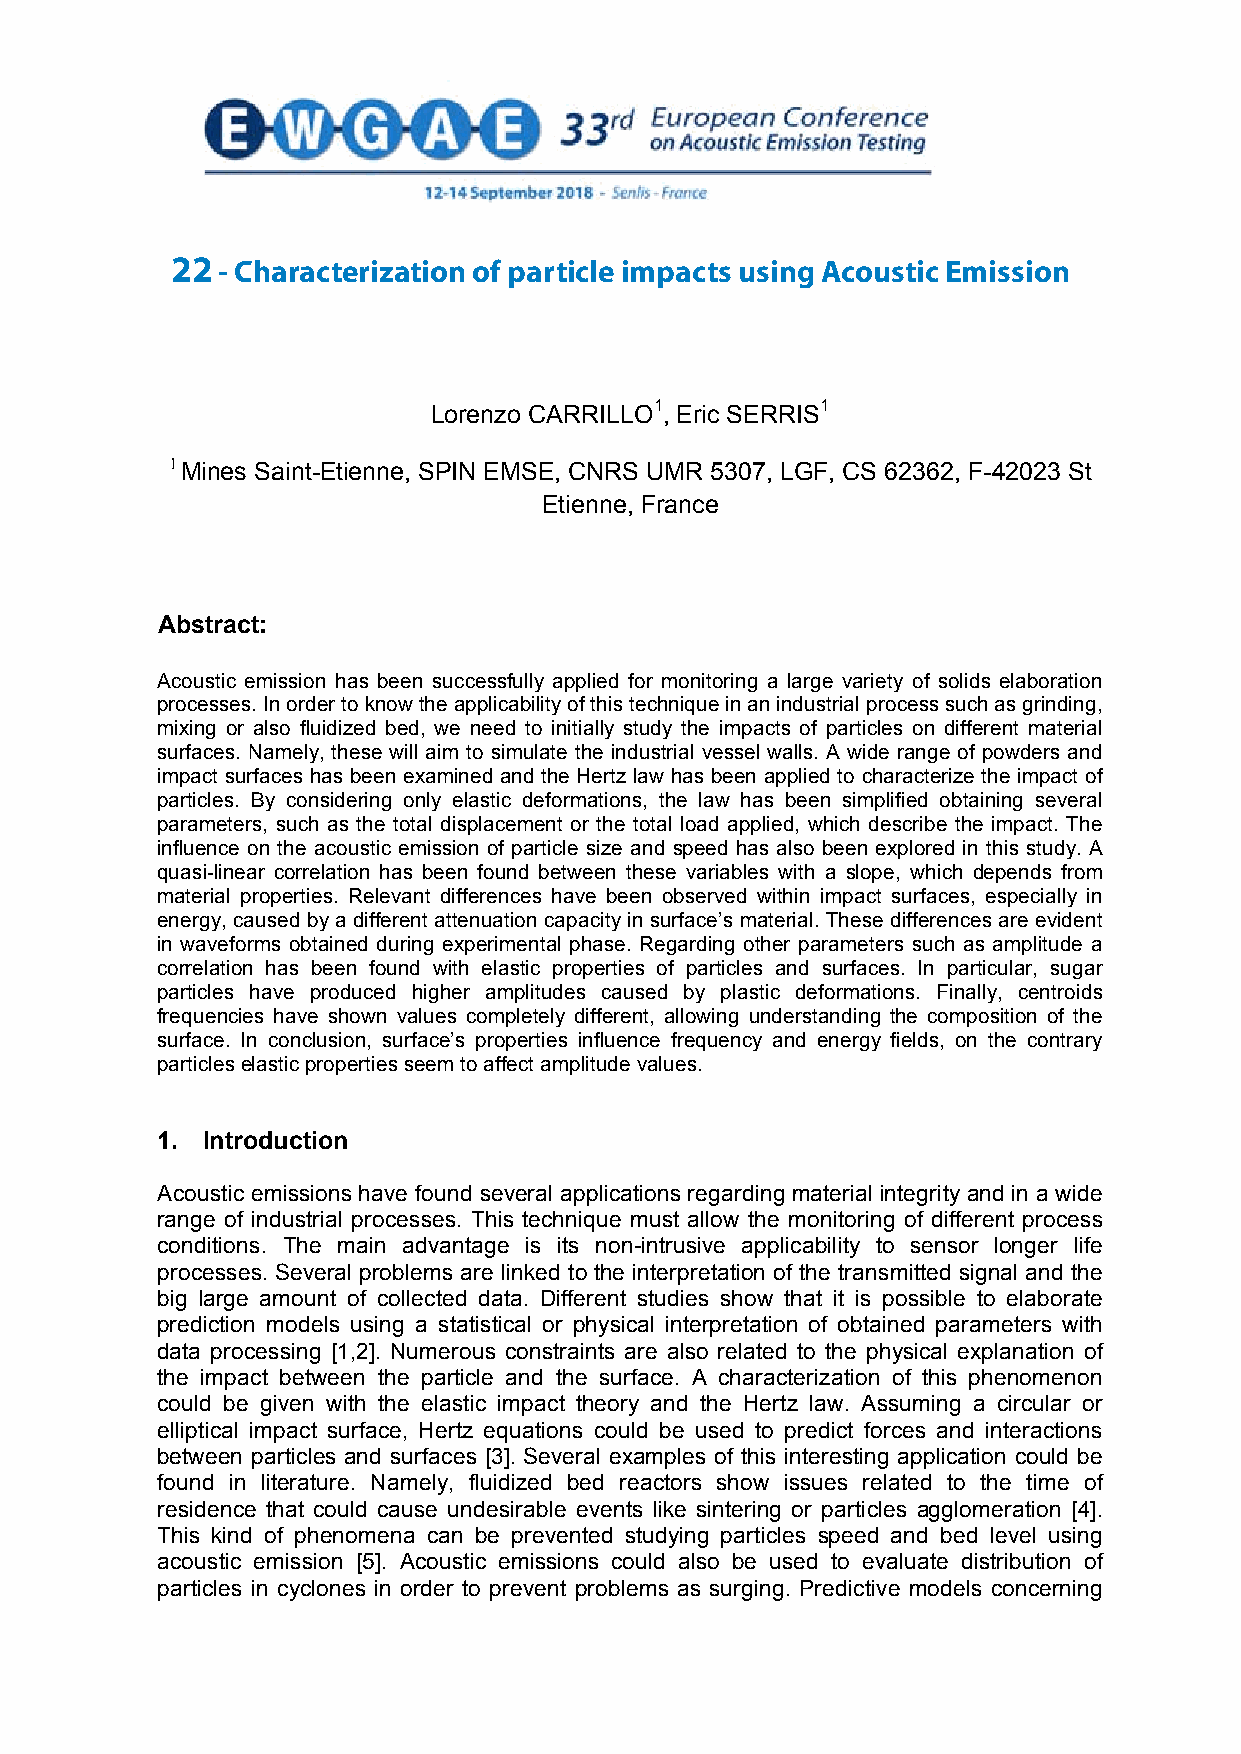
22 - Characterization of particle impacts using Acoustic Emission
 Characterization of particle impacts using acoustic emission
 Lorenzo CARRILLO1, Eric SERRIS1
 1 Mines Saint-Etienne, SPIN EMSE, CNRS UMR 5307, LGF, CS 62362, F-42023 St
 Etienne, France
 Abstract:
 Acoustic emission has been successfully applied for monitoring a large variety of solids elaboration
 processes. In order to know the applicability of this technique in an industrial process such as grinding,
 mixing or also fluidized bed, we need to initially study the impacts of particles on different material
 surfaces. Namely, these will aim to simulate the industrial vessel walls. A wide range of powders and
 impact surfaces has been examined and the Hertz law has been applied to characterize the impact of
 particles. By considering only elastic deformations, the law has been simplified obtaining several
 parameters, such as the total displacement or the total load applied, which describe the impact. The
 influence on the acoustic emission of particle size and speed has also been explored in this study. A
 quasi-linear correlation has been found between these variables with a slope, which depends from
 material properties. Relevant differences have been observed within impact surfaces, especially in
 energy, caused by a different attenuation capacity in surface’s material. These differences are evident
 in waveforms obtained during experimental phase. Regarding other parameters such as amplitude a
 correlation has been found with elastic properties of particles and surfaces. In particular, sugar
 particles have produced higher amplitudes caused by plastic deformations. Finally, centroids
 frequencies have shown values completely different, allowing understanding the composition of the
 surface. In conclusion, surface’s properties influence frequency and energy fields, on the contrary
 particles elastic properties seem to affect amplitude values.
 1. Introduction
 Acoustic emissions have found several applications regarding material integrity and in a wide
 range of industrial processes. This technique must allow the monitoring of different process
 conditions. The main advantage is its non-intrusive applicability to sensor longer life
 processes. Several problems are linked to the interpretation of the transmitted signal and the
 big large amount of collected data. Different studies show that it is possible to elaborate
 prediction models using a statistical or physical interpretation of obtained parameters with
 data processing [1,2]. Numerous constraints are also related to the physical explanation of
 the impact between the particle and the surface. A characterization of this phenomenon
 could be given with the elastic impact theory and the Hertz law. Assuming a circular or
 elliptical impact surface, Hertz equations could be used to predict forces and interactions
 between particles and surfaces [3]. Several examples of this interesting application could be
 found in literature. Namely, fluidized bed reactors show issues related to the time of
 residence that could cause undesirable events like sintering or particles agglomeration [4].
 This kind of phenomena can be prevented studying particles speed and bed level using
 acoustic emission [5]. Acoustic emissions could also be used to evaluate distribution of
 particles in cyclones in order to prevent problems as surging. Predictive models concerning
 1